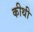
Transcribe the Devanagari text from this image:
कीथी